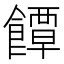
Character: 𮩐